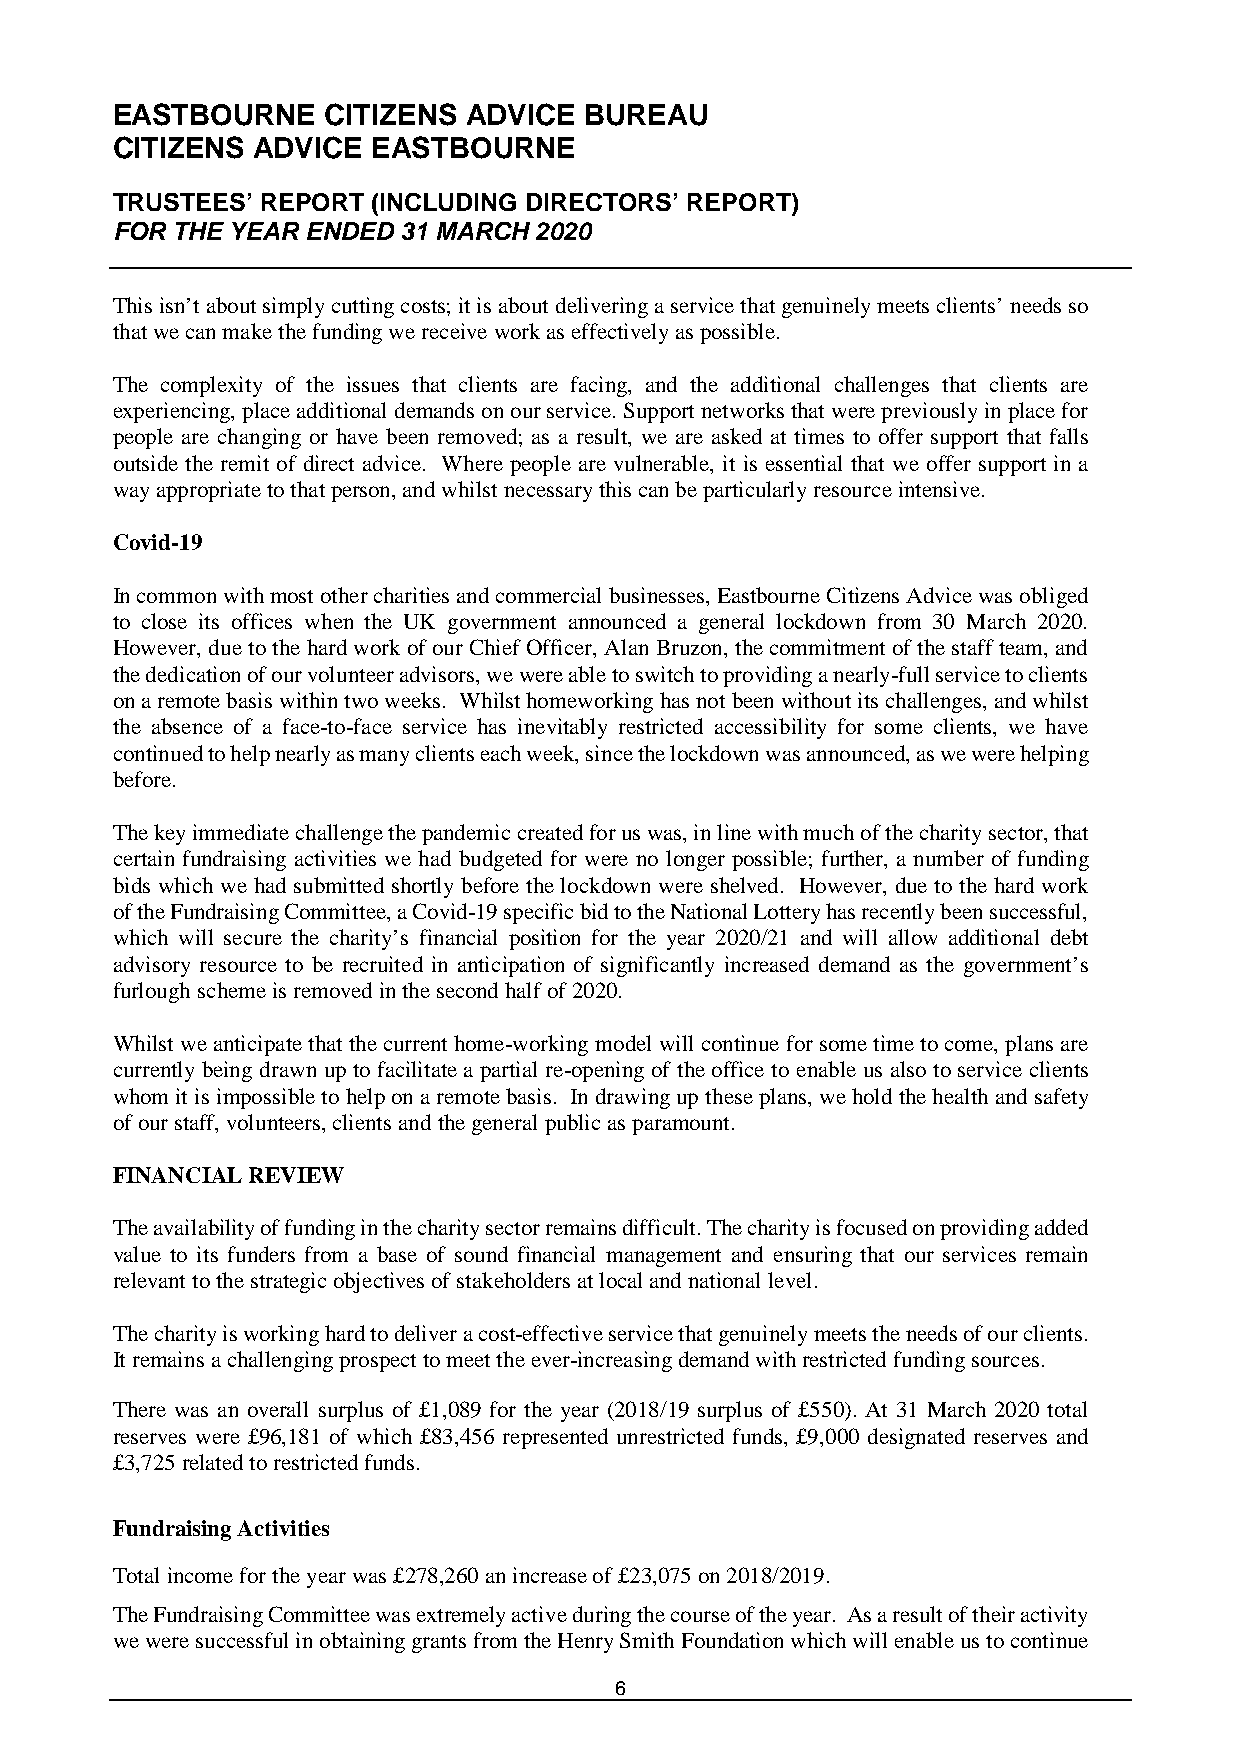
EASTBOURNE    CITIZENS  ADVICE  BUREAU
 CITIZENS  ADVICE  EASTBOURNE
 TRUSTEES’ REPORT  (INCLUDING DIRECTORS’ REPORT)
 FOR THE YEAR ENDED 31 MARCH 2020
 This isn’t about simply cutting costs; it is about delivering a service that genuinely meets clients’ needs so
 that we can make the funding we receive work as effectively as possible.
 The complexity of the issues that clients are facing, and the additional challenges that clients are
 experiencing, place additional demands on our service. Support networks that were previously in place for
 people are changing or have been removed; as a result, we are asked at times to offer support that falls
 outside the remit of direct advice. Where people are vulnerable, it is essential that we offer support in a
 way appropriate to that person, and whilst necessary this can be particularly resource intensive.
 Covid-19
 In common with most other charities and commercial businesses, Eastbourne Citizens Advice was obliged
 to close its offices when the UK government announced a general lockdown from 30 March 2020.
 However, due to the hard work of our Chief Officer, Alan Bruzon, the commitment of the staff team, and
 the dedication of our volunteer advisors, we were able to switch to providing a nearly-full service to clients
 on a remote basis within two weeks. Whilst homeworking has not been without its challenges, and whilst
 the absence of a face-to-face service has inevitably restricted accessibility for some clients, we have
 continued to help nearly as many clients each week, since the lockdown was announced, as we were helping
 before.
 The key immediate challenge the pandemic created for us was, in line with much of the charity sector, that
 certain fundraising activities we had budgeted for were no longer possible; further, a number of funding
 bids which we had submitted shortly before the lockdown were shelved. However, due to the hard work
 of the Fundraising Committee, a Covid-19 specific bid to the National Lottery has recently been successful,
 which will secure the charity’s financial position for the year 2020/21 and will allow additional debt
 advisory resource to be recruited in anticipation of significantly increased demand as the government’s
 furlough scheme is removed in the second half of 2020.
 Whilst we anticipate that the current home-working model will continue for some time to come, plans are
 currently being drawn up to facilitate a partial re-opening of the office to enable us also to service clients
 whom it is impossible to help on a remote basis. In drawing up these plans, we hold the health and safety
 of our staff, volunteers, clients and the general public as paramount.
 FINANCIAL REVIEW
 The availability of funding in the charity sector remains difficult. The charity is focused on providing added
 value to its funders from a base of sound financial management and ensuring that our services remain
 relevant to the strategic objectives of stakeholders at local and national level.
 The charity is working hard to deliver a cost-effective service that genuinely meets the needs of our clients.
 It remains a challenging prospect to meet the ever-increasing demand with restricted funding sources.
 There was an overall surplus of £1,089 for the year (2018/19 surplus of £550). At 31 March 2020 total
 reserves were £96,181 of which £83,456 represented unrestricted funds, £9,000 designated reserves and
 £3,725 related to restricted funds.
 Fundraising Activities
 Total income for the year was £278,260 an increase of £23,075 on 2018/2019.
 The Fundraising Committee was extremely active during the course of the year. As a result of their activity
 we were successful in obtaining grants from the Henry Smith Foundation which will enable us to continue
 6